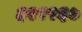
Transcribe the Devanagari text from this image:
३२९९६७